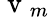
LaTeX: \mathrm{~v~}_{m}